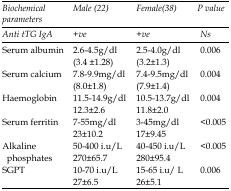
| Biochemical parameters | `Male (22) | Female(38) | P value |
 | --- | --- | --- | --- |
 | Anti tTG IgA | +ve | +ve | Ns |
 | Serum albumin | 2.6-4.5g/dl(3.4 ±1.28) | 2.5-4.0g/dl(3.2±1.3) | 0.006 |
 | Serum calcium | 7.8-9.9mg/dl(8.0±1.8) | 7.4-9.5mg/dl(7.9±1.4) | 0.004 |
 | Haemoglobin | 11.5-14.9g/dl12.3±2.6 | 10.5-13.7g/dl11.8±2.0 | 0.004 |
 | Serum ferritin | 7-55mg/dl23±10.2 | 3-45mg/dl17±9.45 | <0.005 |
 | Alkaline phosphates | 50-400 i.u/L270±65.7 | 40-450 i.u/L280±95.4 | <0.005 |
 | SGPT | 10-70 i.u/L27±6.5 | 15-65 i.u/ L26±5.1 | 0.006 |